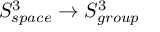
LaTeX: S _ { s p a c e } ^ { 3 } \rightarrow S _ { g r o u p } ^ { 3 }